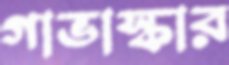
গাভাস্কার